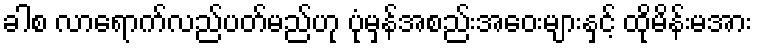
ခါစ လာရောက်လည်ပတ်မည်ဟု ပုံမှန်အစည်းအဝေးများနှင့် ထိုမိန်းမအား